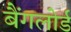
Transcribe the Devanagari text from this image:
बैंगलोर्ड